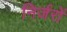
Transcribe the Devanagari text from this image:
निर्जरों